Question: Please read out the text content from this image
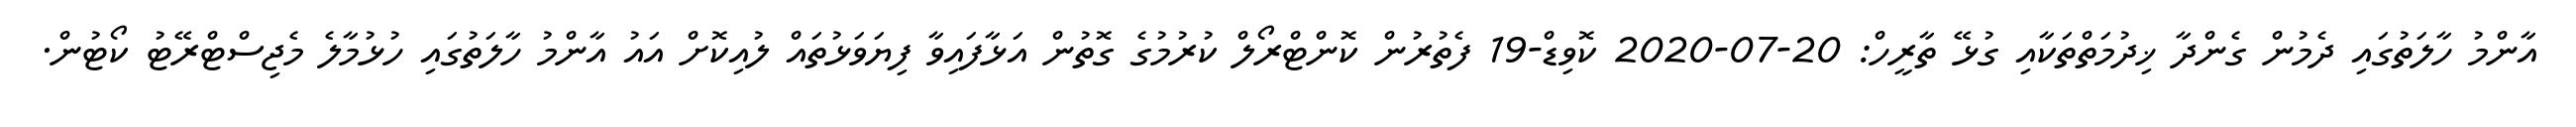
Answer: އާންމު ހާލަތުގައި ދެމުން ގެންދާ ޚިދުމަތްތަކާއި ގުޅޭ ތާރީހް: 20-07-2020 ކޮވިޑް-19 ފެތުރުން ކޮންޓްރޯލް ކުރުމުގެ ގޮތުން އަޅާފައިވާ ފިޔަވަޅުތައް ލުއިކޮށް އައު އާންމު ހާލަތުގައި ހުޅުމާލެ މެޖިސްޓްރޭޓު ކޯޓުން.